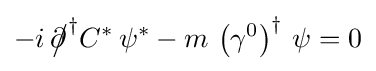
-i\,{\partial \!\!\!{\big /}}^{\dagger }C^{*}\,\psi ^{*}-m\,\left(\gamma ^{0}\right)^{\dagger }\,\psi =0